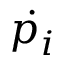
\dot { p _ { i } }